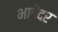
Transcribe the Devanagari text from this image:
भाबेंदर